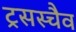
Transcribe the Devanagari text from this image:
ट्रसस्चैव